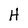
Character: H